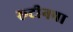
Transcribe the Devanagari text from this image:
रूटीनचा